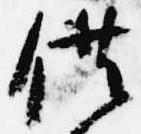
供